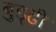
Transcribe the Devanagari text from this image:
बुड्ढी